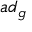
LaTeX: { \mathfrak { a d } } _ { \mathfrak { g } }